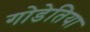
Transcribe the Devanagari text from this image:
गोडेतिया